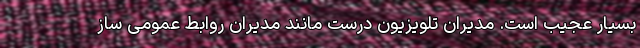
بسیار عجیب است. مدیران تلویزیون درست مانند مدیران روابط عمومی ساز